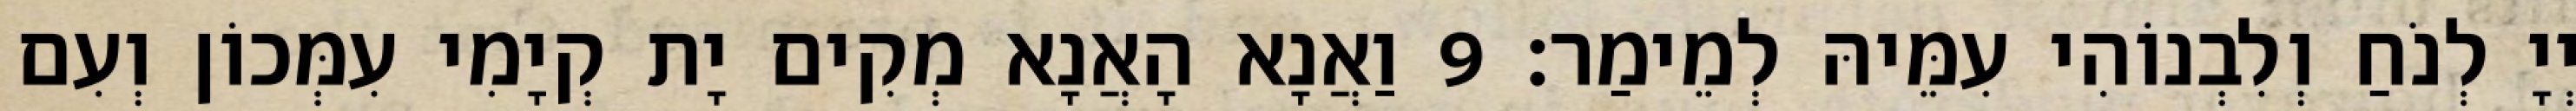
יְיָ לְנֹחַ וְלִבְנוֹהִי עִמֵּיהּ לְמֵימַר׃ 9 וַאֲנָא הָאֲנָא מְקִים יָת קְיָמִי עִמְּכוֹן וְעִם